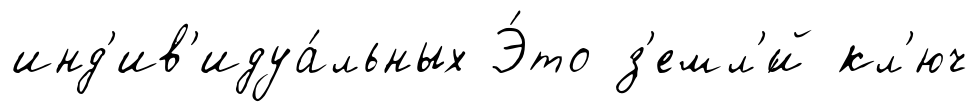
инд'ив'идуа́льных Э́то з'емл'́й кл'юч